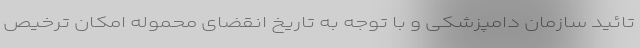
تائید سازمان دامپزشکی و با توجه به تاریخ انقضای محموله امکان ترخیص